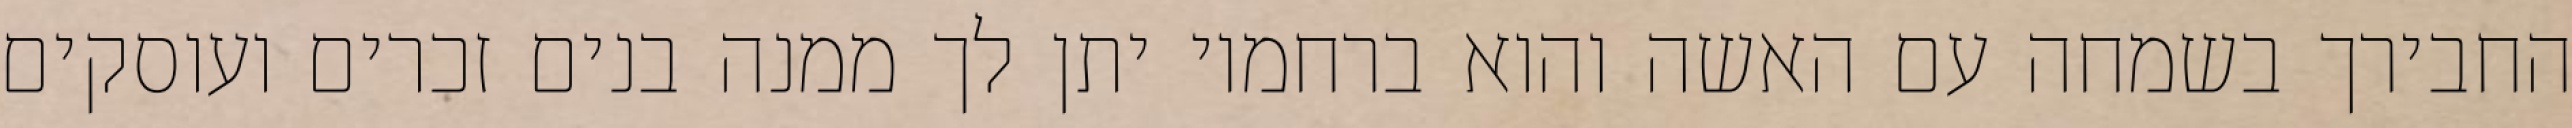
החבירך בשמחה עם האשה והוא ברחמיו יתן לך ממנה בנים זכרים ועוסקים